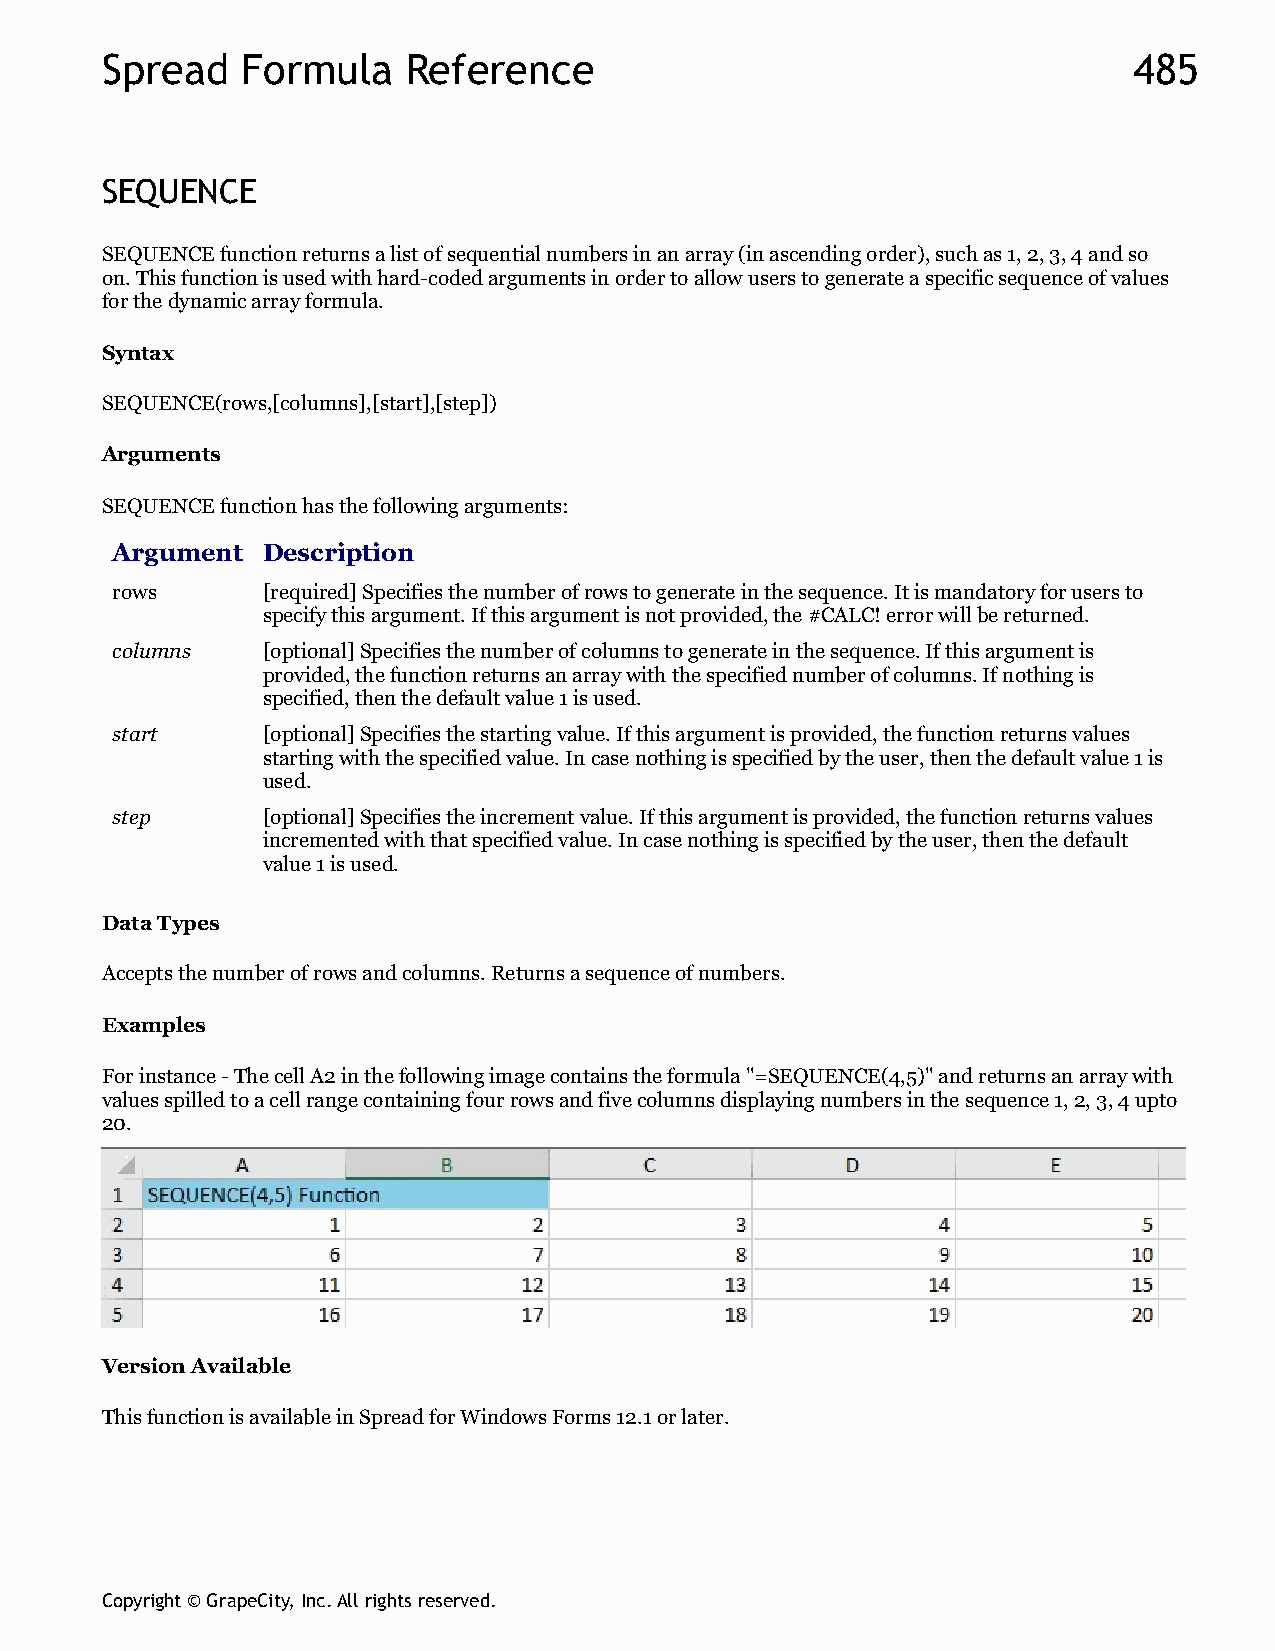
Spread   Formula    Reference                                       485
 SEQUENCE
 SEQUENCE function returns a list of sequential numbers in an array (in ascending order), such as 1, 2, 3, 4 and so
 on. This function is used with hard-coded arguments in order to allow users to generate a specific sequence of values
 for the dynamic array formula.
 Syntax
 SEQUENCE(rows,[columns],[start],[step])
 Arguments
 SEQUENCE function has the following arguments:
 Argument  Description
 rows      [required] Specifies the number of rows to generate in the sequence. It is mandatory for users to
 specify this argument. If this argument is not provided, the #CALC! error will be returned.
 columns   [optional] Specifies the number of columns to generate in the sequence. If this argument is
 provided, the function returns an array with the specified number of columns. If nothing is
 specified, then the default value 1 is used.
 start     [optional] Specifies the starting value. If this argument is provided, the function returns values
 starting with the specified value. In case nothing is specified by the user, then the default value 1 is
 used.
 step      [optional] Specifies the increment value. If this argument is provided, the function returns values
 incremented with that specified value. In case nothing is specified by the user, then the default
 value 1 is used.
 Data Types
 Accepts the number of rows and columns. Returns a sequence of numbers.
 Examples
 For instance - The cell A2 in the following image contains the formula "=SEQUENCE(4,5)" and returns an array with
 values spilled to a cell range containing four rows and five columns displaying numbers in the sequence 1, 2, 3, 4 upto
 20.
 Version Available
 This function is available in Spread for Windows Forms 12.1 or later.
 Copyright © GrapeCity, Inc. All rights reserved.